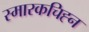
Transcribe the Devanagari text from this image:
स्मारकचिह्न